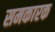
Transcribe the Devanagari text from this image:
समकारक